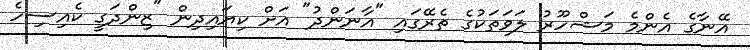
އޭނާގެ އެންމެ މަޝްހޫރު ލަވަތަކުގެ ތެރޭގައި "އާނަންދު" އަށް ކިޔައިދިން "ޒިންދަގީ ކެއިސިހެ